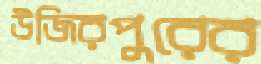
উজিরপুরের